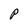
Character: P